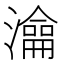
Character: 㵸